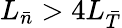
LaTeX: L_{\bar{n}}>4L_{\bar{T}}